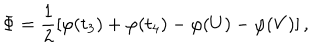
\Phi = \frac { 1 } { 2 } [ \varphi ( t _ { 3 } ) + \varphi ( t _ { 4 } ) - \varphi ( U ) - \varphi ( V ) ] \, ,